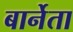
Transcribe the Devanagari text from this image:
बार्नेता